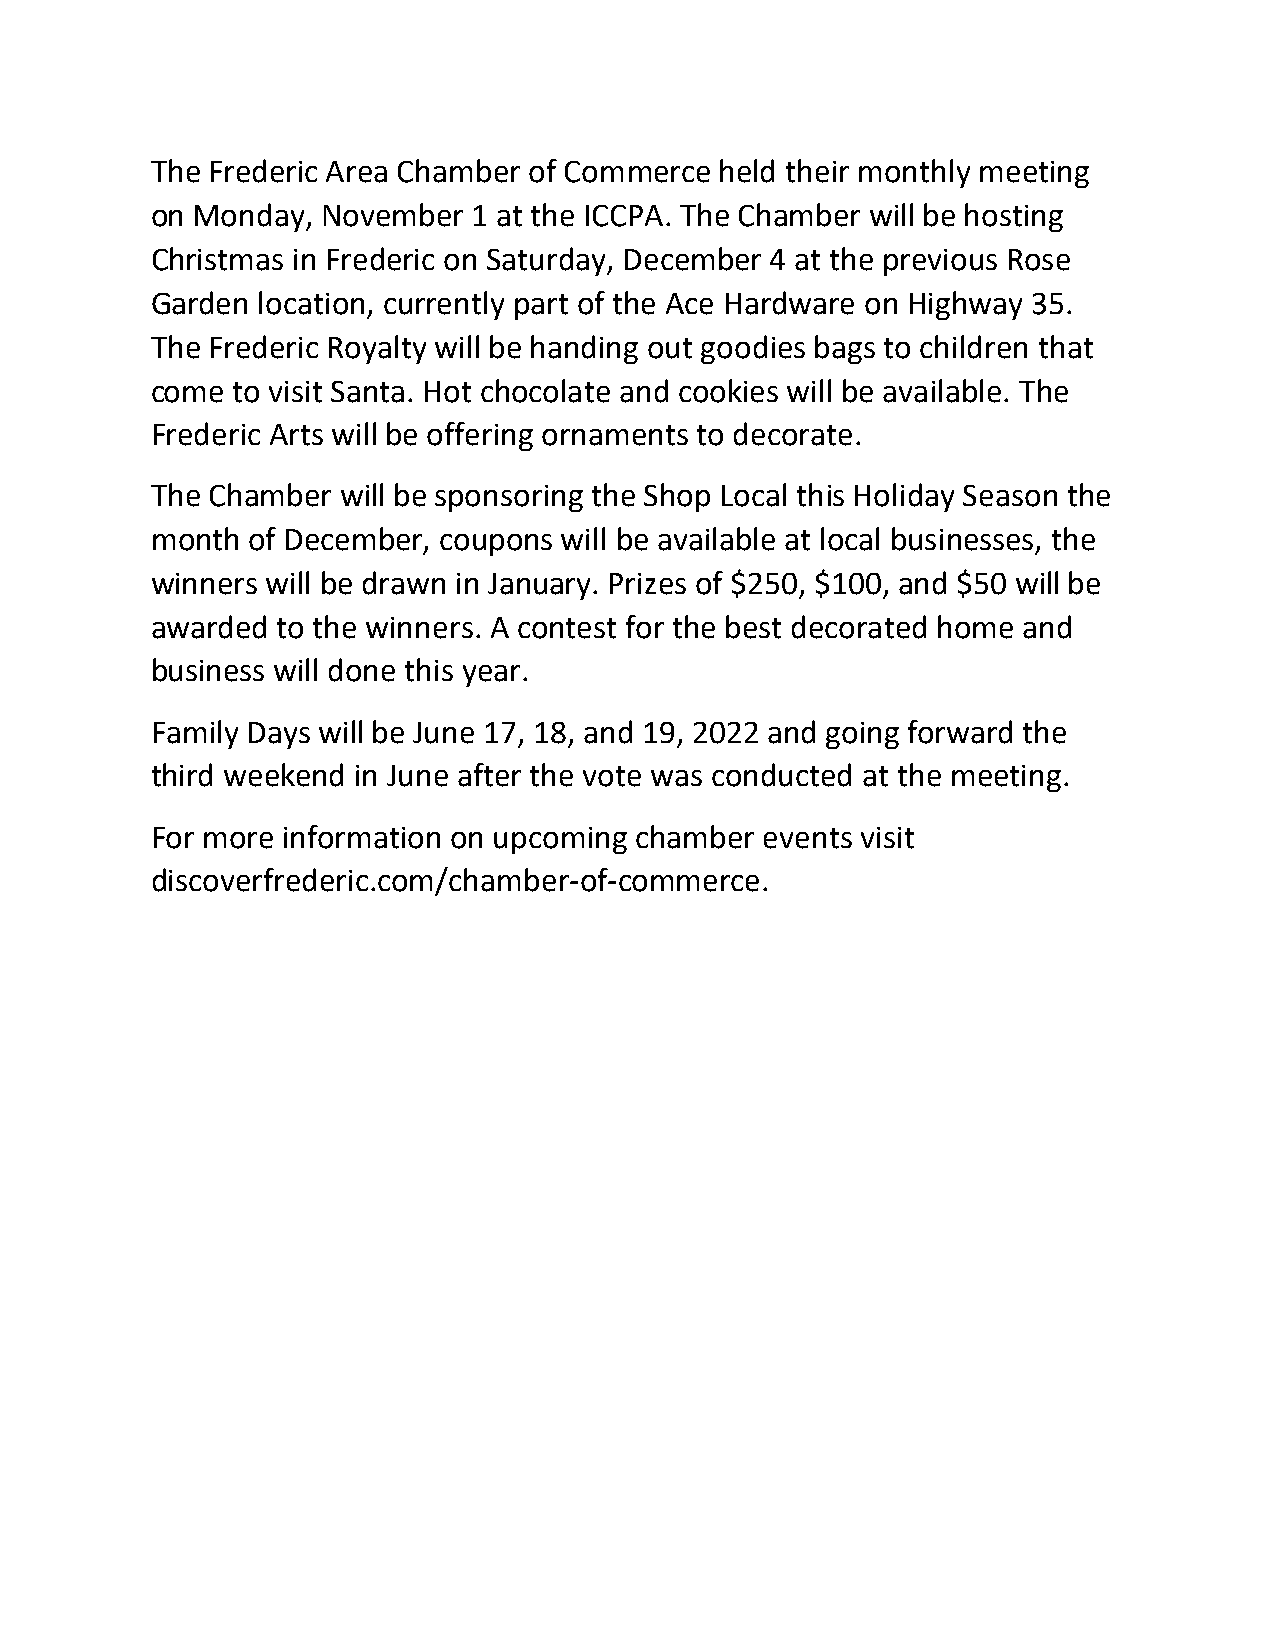
The Frederic Area Chamber of Commerce held their monthly meeting
 on Monday, November  1 at the ICCPA. The Chamber will be hosting
 Christmas in Frederic on Saturday, December 4 at the previous Rose
 Garden location, currently part of the Ace Hardware on Highway 35.
 The Frederic Royalty will be handing out goodies bags to children that
 come to visit Santa. Hot chocolate and cookies will be available. The
 Frederic Arts will be offering ornaments to decorate.
 The Chamber will be sponsoring the Shop Local this Holiday Season the
 month of December, coupons will be available at local businesses, the
 winners will be drawn in January. Prizes of $250, $100, and $50 will be
 awarded to the winners. A contest for the best decorated home and
 business will done this year.
 Family Days will be June 17, 18, and 19, 2022 and going forward the
 third weekend in June after the vote was conducted at the meeting.
 For more information on upcoming chamber events visit
 discoverfrederic.com/chamber-of-commerce.